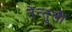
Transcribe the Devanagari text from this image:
तेन्तुली